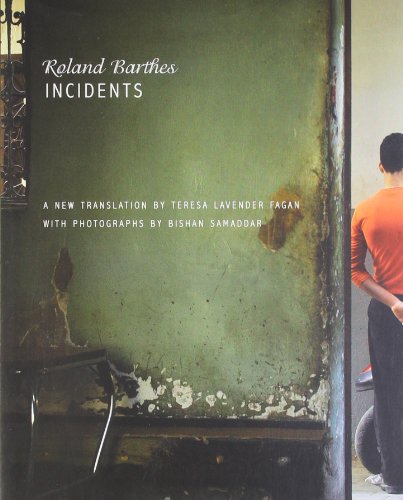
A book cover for Incidents (Seagull Books - The French List); Roland Barthes; Gay & Lesbian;